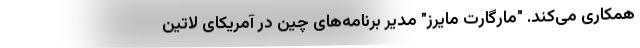
همکاری می‌کند. "مارگارت مایرز" مدیر برنامه‌های چین در آمریکای لاتین